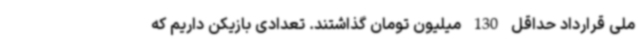
ملی قرارداد حداقل 130 میلیون تومان گذاشتند. تعدادی بازیکن داریم که